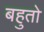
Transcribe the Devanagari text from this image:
बहुतो